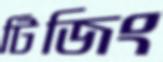
টিজিং